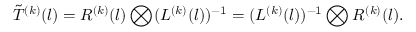
\tilde { { \cal T } } ^ { ( k ) } ( l ) = R ^ { ( k ) } ( l ) \bigotimes ( L ^ { ( k ) } ( l ) ) ^ { - 1 } = ( L ^ { ( k ) } ( l ) ) ^ { - 1 } \bigotimes R ^ { ( k ) } ( l ) .